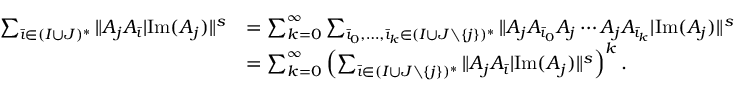
\begin{array} { r l } { \sum _ { \bar { \imath } \in ( I \cup J ) ^ { * } } \| A _ { j } A _ { \bar { \imath } } | \mathrm { I m } ( A _ { j } ) \| ^ { s } } & { = \sum _ { k = 0 } ^ { \infty } \sum _ { \bar { \imath } _ { 0 } , \ldots , \bar { \imath } _ { k } \in ( I \cup J \setminus \{ j \} ) ^ { * } } \| A _ { j } A _ { \bar { \imath } _ { 0 } } A _ { j } \cdots A _ { j } A _ { \bar { \imath } _ { k } } | \mathrm { I m } ( A _ { j } ) \| ^ { s } } \\ & { = \sum _ { k = 0 } ^ { \infty } \left( \sum _ { \bar { \imath } \in ( I \cup J \setminus \{ j \} ) ^ { * } } \| A _ { j } A _ { \bar { \imath } } | \mathrm { I m } ( A _ { j } ) \| ^ { s } \right) ^ { k } . } \end{array}